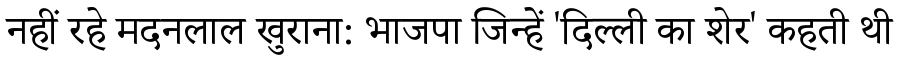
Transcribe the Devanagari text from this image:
नहीं रहे मदनलाल खुराना: भाजपा जिन्हें 'दिल्ली का शेर' कहती थी